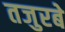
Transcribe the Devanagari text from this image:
तजुरबे